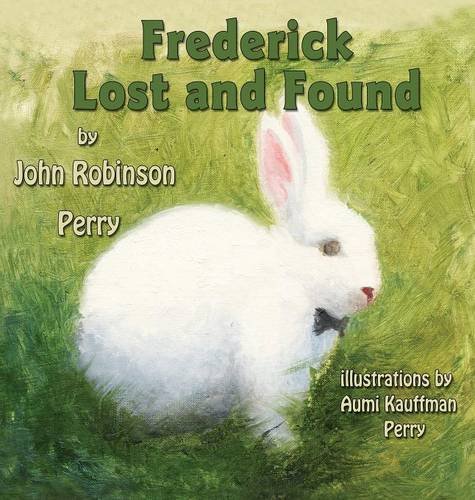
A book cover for Frederick Lost and Found; John Robinson Perry; Children's Books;